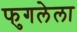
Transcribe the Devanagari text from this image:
फुगलेला